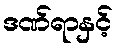
ဒဏ်ရာနှင့်